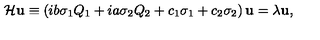
{ \cal H } { \bf u } \equiv \left( i b \sigma _ { 1 } Q _ { 1 } + i a \sigma _ { 2 } Q _ { 2 } + c _ { 1 } \sigma _ { 1 } + c _ { 2 } \sigma _ { 2 } \right) { \bf u } = \lambda { \bf u } ,